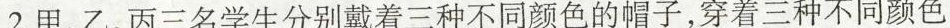
2.甲、乙、丙三名学生分别戴着三种不同颜色的帽子，穿着三种不同颜色